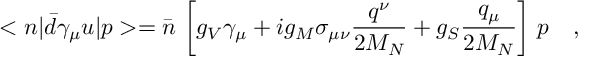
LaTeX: < n | \bar { d } \gamma _ { \mu } u | p > = \bar { n } \, \left[ g _ { V } \gamma _ { \mu } + i g _ { M } \sigma _ { \mu \nu } \frac { q ^ { \nu } } { 2 M _ { N } } + g _ { S } \frac { q _ { \mu } } { 2 M _ { N } } \right] \, p \ \ \ ,